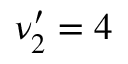
\nu _ { 2 } ^ { \prime } = 4